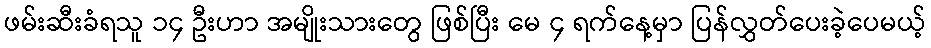
ဖမ်းဆီးခံရသူ ၁၄ ဦးဟာ အမျိုးသားတွေ ဖြစ်ပြီး မေ ၄ ရက်နေ့မှာ ပြန်လွှတ်ပေးခဲ့ပေမယ့်